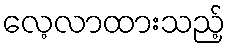
လေ့လာထားသည့်